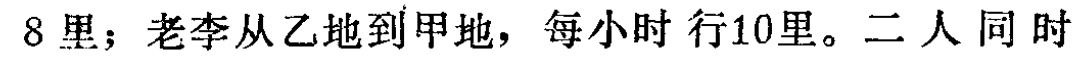
8里；老李从乙地到甲地，每小时 行10里。二人同 时